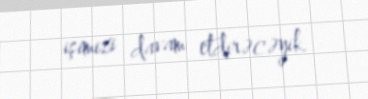
işimizi davam etdirəcəyik.